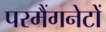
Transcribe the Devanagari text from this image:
परमैंगनेटों